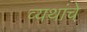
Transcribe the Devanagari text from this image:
व्यथांचे